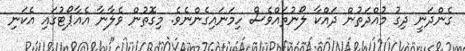
ގެންދަނީ ދިގު މުއްދަތުން ދައްކާ ލޯނުތައްވެސް ހިމަނައިގެންނެވެ. މިގޮތުން ވެލާނާ އެއާޕޯޓުގައި އެކަނި